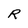
Character: R